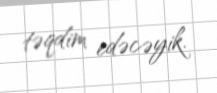
təqdim edəcəyik.